Newspaper: Daily Democrat and news. [volume]
Place of publication: Davenport, Iowa
Publisher: Maguire, Richardson & Co.
Date: 1860-04-23 00:00:00
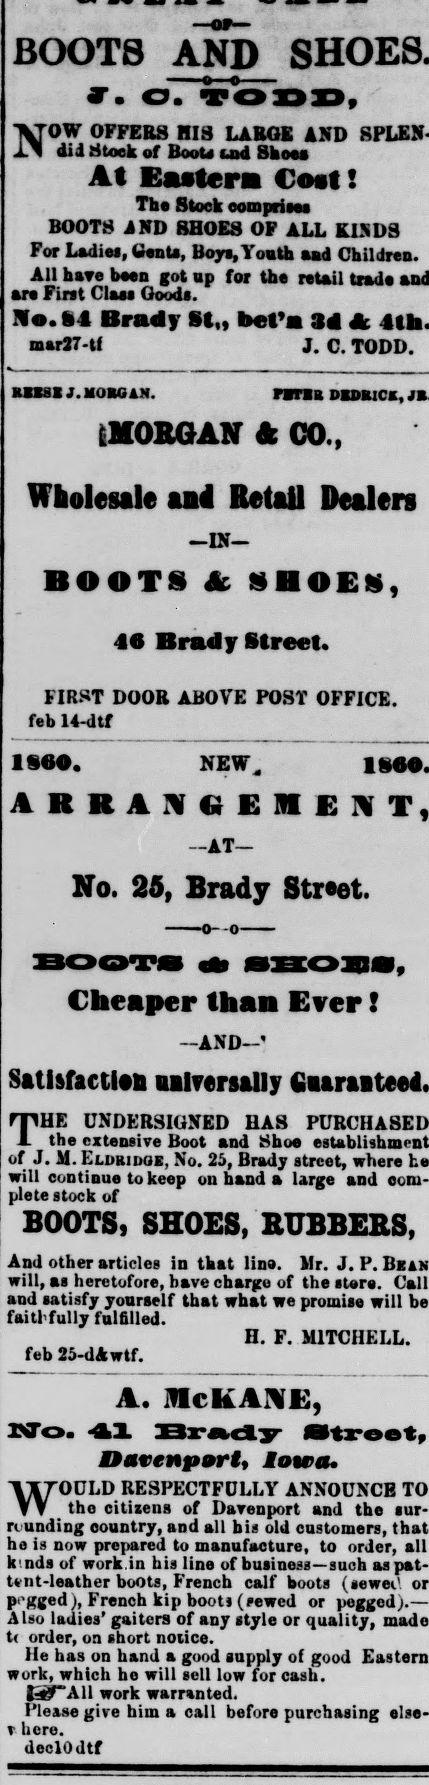
Advertisement text (OCR):
THE BOOTS AND O O NOW OFFERS HIS LARGE AND didiStock of Boob cjod Shoes At Eastern Cnlt The Stock comprises BOOTS AND SHOES OF ALL KINDS For Ladies, ttents, Boys, Youth and Children. All hare been got up for the retail trade are First Class Goods. No. 64 Brady St„ bet'a 34 4k mar27-U J. C. TODD. RBKSX J.MOSOAM. Vans DSSK1CK, IMORGAN CO., Wholesale and Retail Dealers -LN- BOOTS Sc SHOES, «C Brady Street. FIRST DOOR ABOVE POST OFFICE, feb 14-dtf I860. NEW, A A N E E N -AT— No. 25, Brady Street. Cheaper than Evelf -AND-' Satisfaction aalrersally UNDERSIGNED HAS the extensive Boot and Shoe of J. M. LLDKIDOE, NO. 26, feb 25-dAwtf. Brady street, where will continue to keep on hand a large and plete stock of BOOTS, SHOES, BUBBEBS, And other articles in that lino. Mr. J. P. BEAN will, as heretofore, have charge of the store. Call and satisfy yourself that what we promise will be faitl-fully fulfilled. •. F. MITCHELL. A. McKANE, INPCSN 41 Brady Street, Davenport, Iowa. WOULD RESPECTFULLY ANNOUNCB TO tho citizens of Davenport and the sur rounding country, and all bis old customers, that he is now prepared to manufacture, to order, all kinds of work.in his line of business—such as pat Unt-leather boots, French calf boots (sewei' or pegged French kip boon (i»ewed or pegged j.— Also ladies' gaiters of any style or quality, made order, on short notice. He has on hand a good supply of good Eastern work, which ho will sell low for cash. J-»f All work warranted. Please give him a call before purchasing else hero. declOdtf
Label: text-only